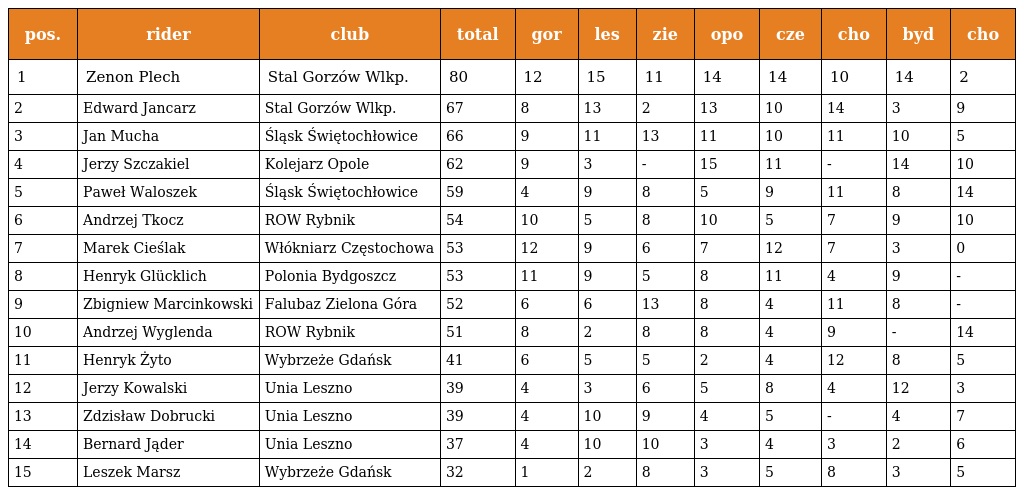
| pos. | rider | club | total | gor | les | zie | opo | cze | cho | byd | cho |
 | --- | --- | --- | --- | --- | --- | --- | --- | --- | --- | --- | --- |
 | 1 | Zenon Plech | Stal Gorzów Wlkp. | 80 | 12 | 15 | 11 | 14 | 14 | 10 | 14 | 2 |
 | 2 | Edward Jancarz | Stal Gorzów Wlkp. | 67 | 8 | 13 | 2 | 13 | 10 | 14 | 3 | 9 |
 | 3 | Jan Mucha | Śląsk Świętochłowice | 66 | 9 | 11 | 13 | 11 | 10 | 11 | 10 | 5 |
 | 4 | Jerzy Szczakiel | Kolejarz Opole | 62 | 9 | 3 | - | 15 | 11 | - | 14 | 10 |
 | 5 | Paweł Waloszek | Śląsk Świętochłowice | 59 | 4 | 9 | 8 | 5 | 9 | 11 | 8 | 14 |
 | 6 | Andrzej Tkocz | ROW Rybnik | 54 | 10 | 5 | 8 | 10 | 5 | 7 | 9 | 10 |
 | 7 | Marek Cieślak | Włókniarz Częstochowa | 53 | 12 | 9 | 6 | 7 | 12 | 7 | 3 | 0 |
 | 8 | Henryk Glücklich | Polonia Bydgoszcz | 53 | 11 | 9 | 5 | 8 | 11 | 4 | 9 | - |
 | 9 | Zbigniew Marcinkowski | Falubaz Zielona Góra | 52 | 6 | 6 | 13 | 8 | 4 | 11 | 8 | - |
 | 10 | Andrzej Wyglenda | ROW Rybnik | 51 | 8 | 2 | 8 | 8 | 4 | 9 | - | 14 |
 | 11 | Henryk Żyto | Wybrzeże Gdańsk | 41 | 6 | 5 | 5 | 2 | 4 | 12 | 8 | 5 |
 | 12 | Jerzy Kowalski | Unia Leszno | 39 | 4 | 3 | 6 | 5 | 8 | 4 | 12 | 3 |
 | 13 | Zdzisław Dobrucki | Unia Leszno | 39 | 4 | 10 | 9 | 4 | 5 | - | 4 | 7 |
 | 14 | Bernard Jąder | Unia Leszno | 37 | 4 | 10 | 10 | 3 | 4 | 3 | 2 | 6 |
 | 15 | Leszek Marsz | Wybrzeże Gdańsk | 32 | 1 | 2 | 8 | 3 | 5 | 8 | 3 | 5 |